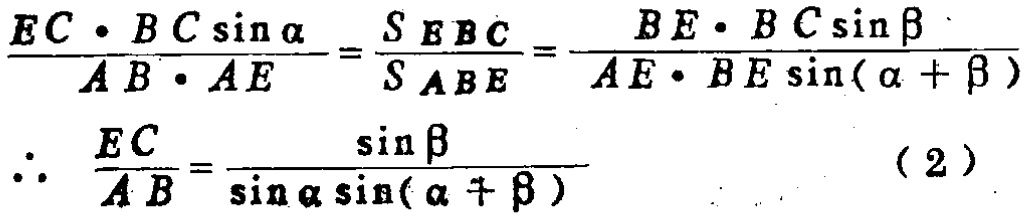
\[\frac{EC\cdot BC\sin\alpha}{AB\cdot AE}=\frac{S_{EBC}}{S_{ABE}}=\frac{BE\cdot BC\sin\beta}{AE\cdot BE\sin(\alpha + \beta)}\]
\[\therefore \frac{EC}{AB}=\frac{\sin\beta}{\sin\alpha\sin(\alpha + \beta)}\]